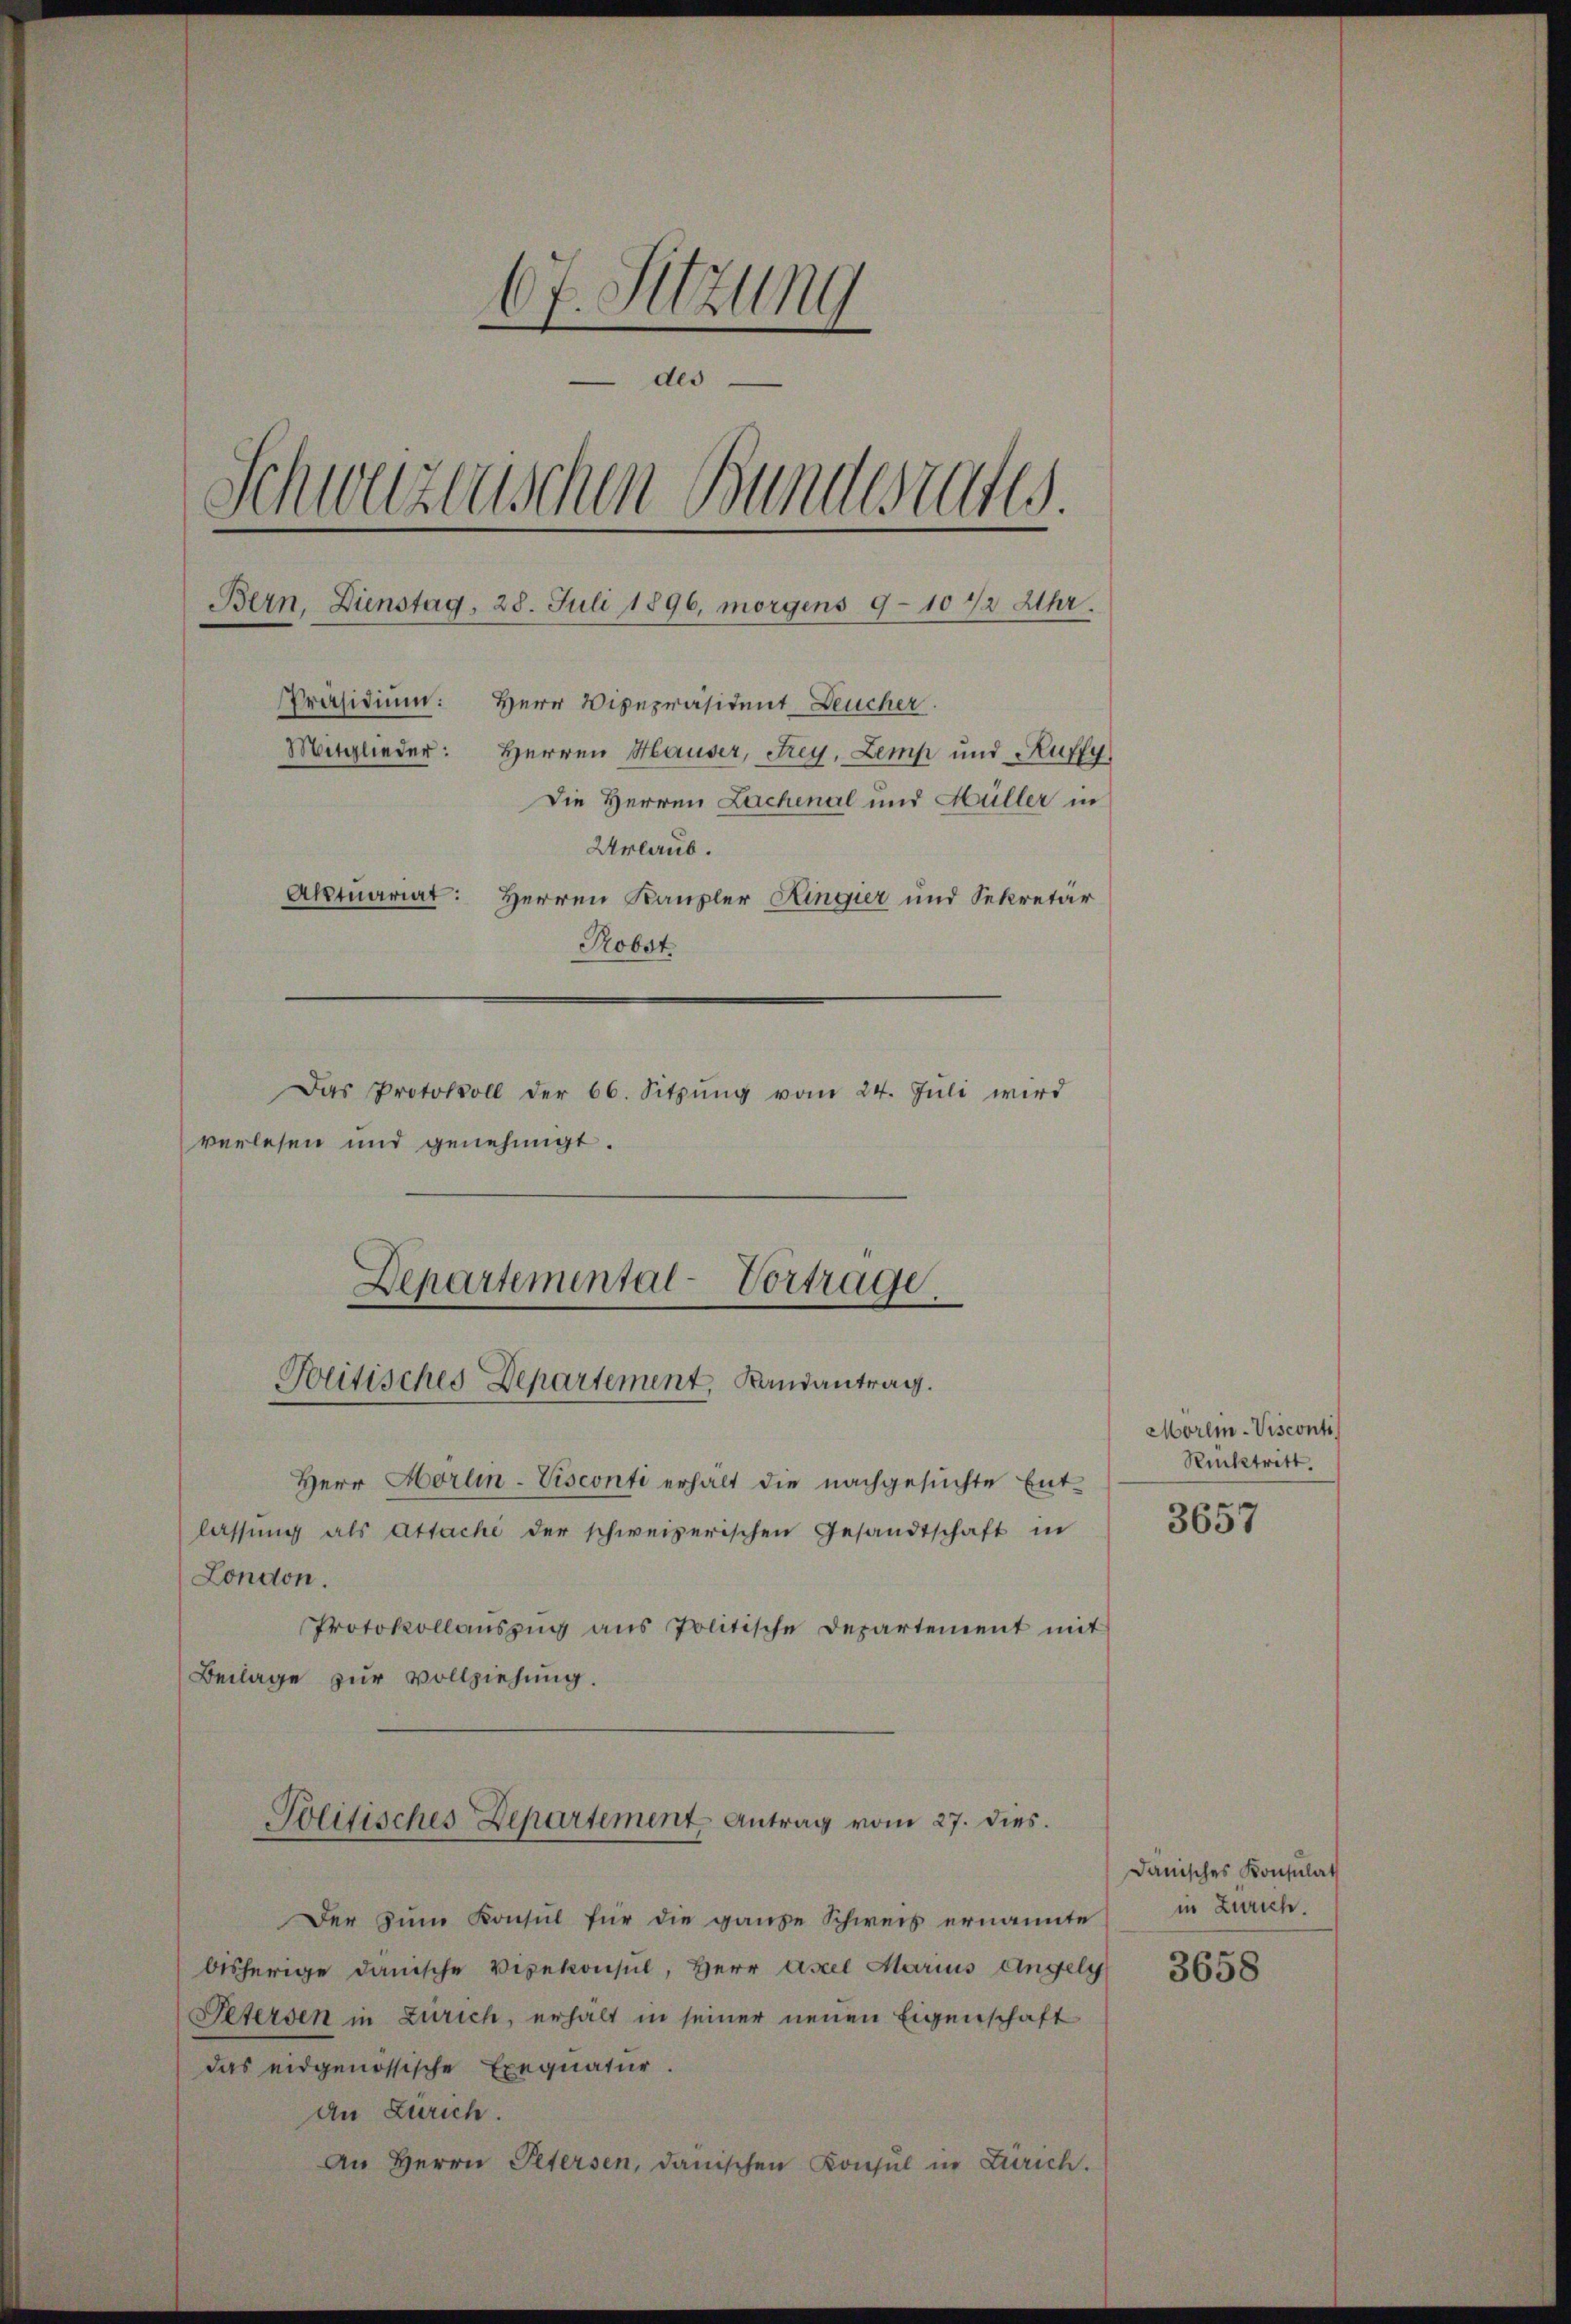
67. Sitzung
—
des
Schweizerischen Bundesrates.
Bern, Dienstag, 28. Juli 1896, morgens 9-10 1/2 Uhr.
Präsidium:
Herr Vizepräsident Deucher
Mitglieder: Herren Hauser, Frey, Lemp und Kuffy
Die Herren Lachenal und Hüller in
Urlaub.
Aktuariat:
Herren Kanzler Kingier und Sekretär
Robot
Das Protokoll der 66. Sitzŭng vom 24. Jŭli wird
verlesen und genehmigt.

Departemental-Vortrage.
Politisches Departement, Landantrag.

Herr Hörlin-Visconti erhält die nachgesuchte Ent-
lassŭng als attache der schweizerischen Gesandtschaft in
London.
Protokollauszug aus Politische Departement mit
Beilage zur Vollziehung.
Politisches Departement Antrag vom 27. dies.
Der zum Konsul für die ganze Schweis ernannte
bisherige danische Vizekonsul, Herr Accel Marius Angely
Petersen in Zürich, erhält in seiner neuen Eigenschaft
das eidgenössische Exequatur.
an Zürich.
An Herrn Petersen, danischen Konsul in Zürich.

Mörlin-Visconti
Rücktritt.

3657

dänisches Konsulat
in Zürich.

3658